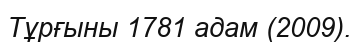
Тұрғыны 1781 адам (2009).